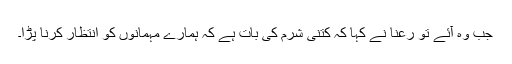
جب وہ آئے تو رعنا نے کہا کہ کتنی شرم کی بات ہے کہ ہمارے مہمانوں کو انتظار کرنا پڑا۔